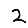
Digit: 2